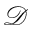
\mathcal { D }